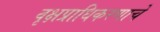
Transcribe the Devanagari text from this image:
वृक्षप्राधिकरणाचे